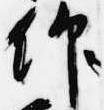
仰